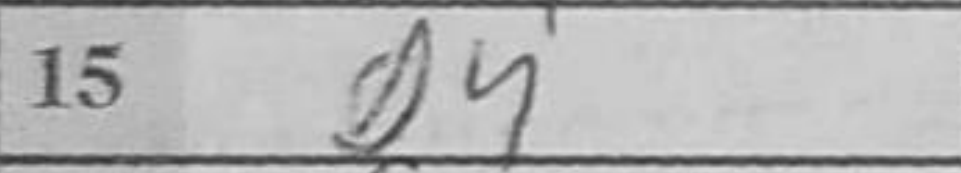
Transcription: g4